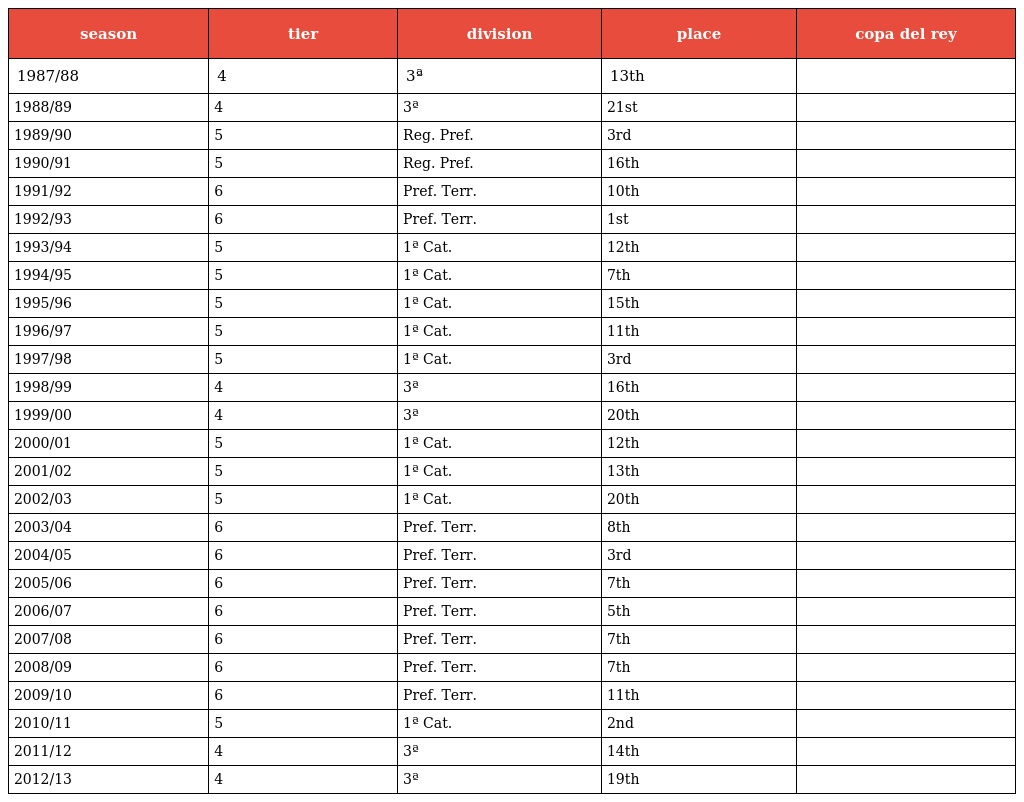
| season | tier | division | place | copa del rey |
 | --- | --- | --- | --- | --- |
 | 1987/88 | 4 | 3ª | 13th |  |
 | 1988/89 | 4 | 3ª | 21st |  |
 | 1989/90 | 5 | Reg. Pref. | 3rd |  |
 | 1990/91 | 5 | Reg. Pref. | 16th |  |
 | 1991/92 | 6 | Pref. Terr. | 10th |  |
 | 1992/93 | 6 | Pref. Terr. | 1st |  |
 | 1993/94 | 5 | 1ª Cat. | 12th |  |
 | 1994/95 | 5 | 1ª Cat. | 7th |  |
 | 1995/96 | 5 | 1ª Cat. | 15th |  |
 | 1996/97 | 5 | 1ª Cat. | 11th |  |
 | 1997/98 | 5 | 1ª Cat. | 3rd |  |
 | 1998/99 | 4 | 3ª | 16th |  |
 | 1999/00 | 4 | 3ª | 20th |  |
 | 2000/01 | 5 | 1ª Cat. | 12th |  |
 | 2001/02 | 5 | 1ª Cat. | 13th |  |
 | 2002/03 | 5 | 1ª Cat. | 20th |  |
 | 2003/04 | 6 | Pref. Terr. | 8th |  |
 | 2004/05 | 6 | Pref. Terr. | 3rd |  |
 | 2005/06 | 6 | Pref. Terr. | 7th |  |
 | 2006/07 | 6 | Pref. Terr. | 5th |  |
 | 2007/08 | 6 | Pref. Terr. | 7th |  |
 | 2008/09 | 6 | Pref. Terr. | 7th |  |
 | 2009/10 | 6 | Pref. Terr. | 11th |  |
 | 2010/11 | 5 | 1ª Cat. | 2nd |  |
 | 2011/12 | 4 | 3ª | 14th |  |
 | 2012/13 | 4 | 3ª | 19th |  |